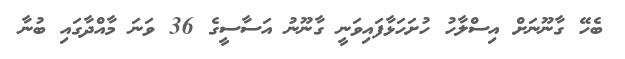
ބެހޭ ގާނޫނަށް އިސްލާހު ހުށަހަޅާފައިވަނީ ގާނޫނު އަސާސީގެ 36 ވަނަ މާއްދާގައި ބުނާ